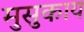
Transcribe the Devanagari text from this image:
मुसुकाय